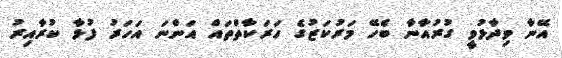
އޭނާ ވިދާޅުވީ ގުރުއާނާ ބެހޭ މަރުކަޒުގެ ހަރަކާތްތައް އަންނަ އަހަރު ފުޅާ ކުރާއިރު